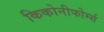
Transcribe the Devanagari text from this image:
किकोनीफोर्म्स